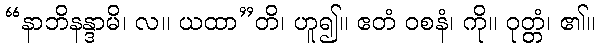
“နာဘိနန္ဒာမိ၊ လ။ ယထာ”တိ၊ ဟူ၍။ ဧတံ ဝစနံ၊ ကို။ ဝုတ္တံ၊ ၏။